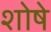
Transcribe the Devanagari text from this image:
शोषे